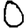
Digit: 0